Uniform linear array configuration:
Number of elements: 16
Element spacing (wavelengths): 0.25
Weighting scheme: blackman
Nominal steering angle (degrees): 30
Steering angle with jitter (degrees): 30.744
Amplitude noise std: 0.05
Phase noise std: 0.05

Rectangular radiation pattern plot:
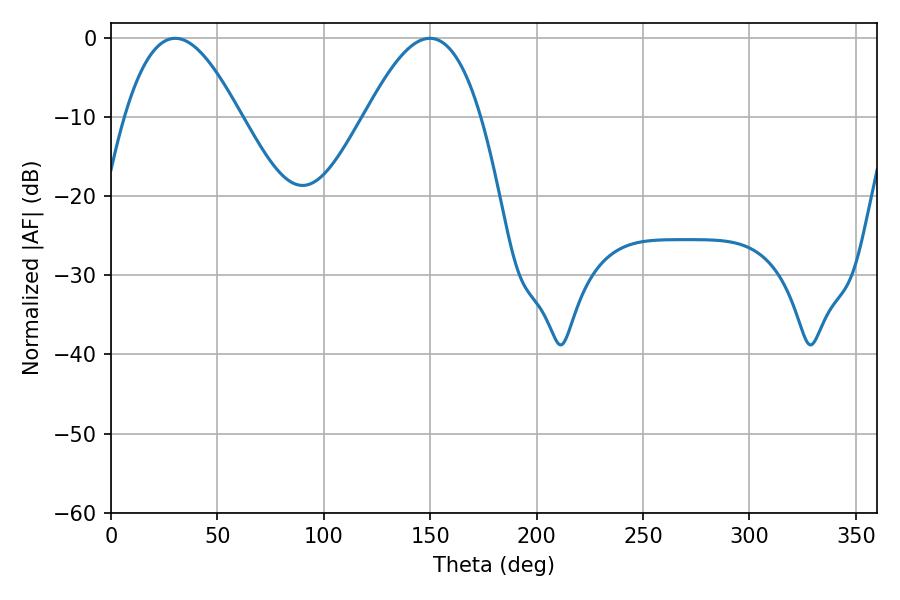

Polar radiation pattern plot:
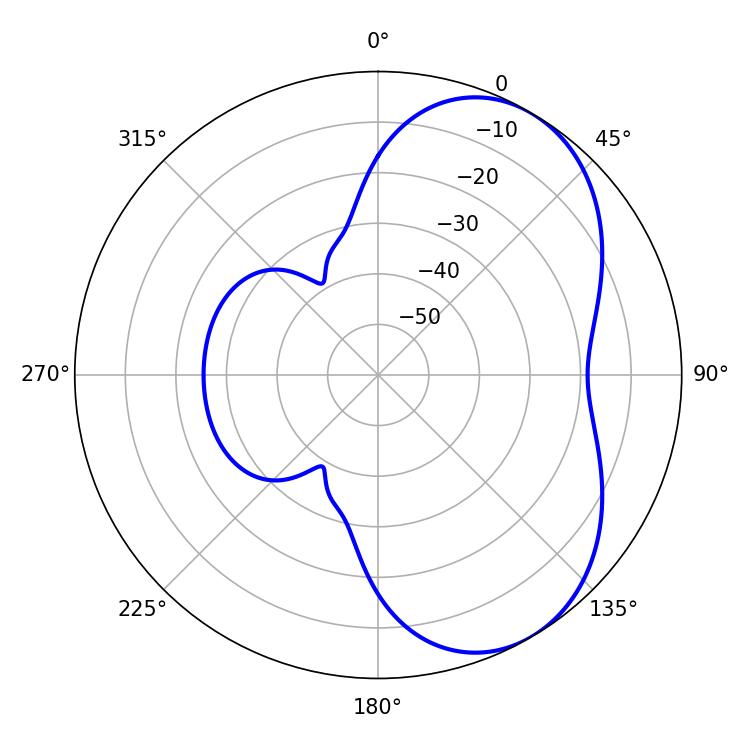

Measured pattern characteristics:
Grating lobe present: FALSE
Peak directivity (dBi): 5.28
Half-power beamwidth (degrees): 29.34
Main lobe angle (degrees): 30.24